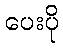
ပေးပို